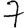
Digit: 7